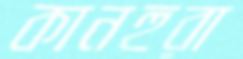
কানহুরা